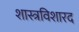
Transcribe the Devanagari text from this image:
शास्त्रविशारद